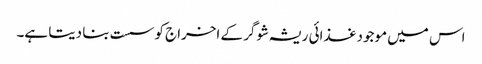
اس میں موجود غذائی ریشہ شوگر کے اخراج کو سست بنا دیتا ہے۔